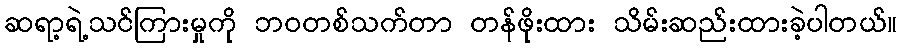
ဆရာ့ရဲ့သင်ကြားမှုကို ဘဝတစ်သက်တာ တန်ဖိုးထား သိမ်းဆည်းထားခဲ့ပါတယ်။